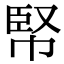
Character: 𢃥